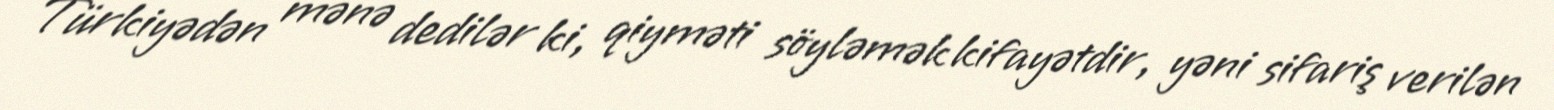
Türkiyədən mənə dedilər ki, qiyməti söyləmək kifayətdir, yəni sifariş verilən